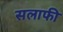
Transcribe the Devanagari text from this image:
सलाफी